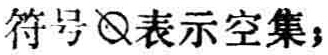
符号$\varnothing$表示空集；